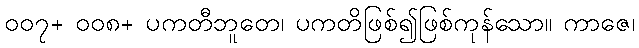
၀၀၇+ ၀၀၈+ ပကတီဘူတေ၊ ပကတိဖြစ်၍ဖြစ်ကုန်သော။ ကာဇေ၊